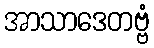
အာသာဒေတဗ္ဗံ